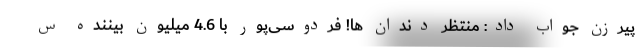
پیرزن جواب داد: منتظر دندان ها! فردوسی‌پور با 4.6 میلیون بیننده س